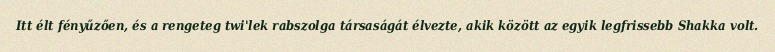
Itt élt fényűzően, és a rengeteg twi'lek rabszolga társaságát élvezte, akik között az egyik legfrissebb Shakka volt.